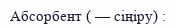
Абсорбент ( — сіңіру) :